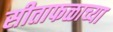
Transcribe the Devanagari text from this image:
सीताफळाच्या